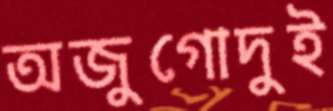
অজুগোদুই